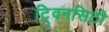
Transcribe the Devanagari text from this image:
टि्वनसिटी